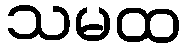
သမထ